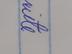
Signature authenticity: genuine